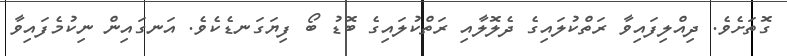
ގޮތަށެވެ. ދިއްލިފައިވާ ރަތްކުލައިގެ ދެލޮލާއި ރަތްކުލައިގެ ބޮޑު ބޯ ފިޔަގަނޑެކެވެ. އަނގައިން ނިކުމެފައިވާ